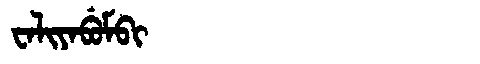
Manchu: ᠸᠠᠯᡳᠶᠠᠪᡠᠮᠪᡳ
Romanization: WALIYABUMBI